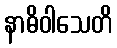
နာဓိဝါသေတိ